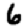
Digit: 6